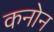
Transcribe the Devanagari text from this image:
कनोन